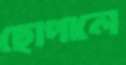
ছোপালে